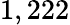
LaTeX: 1,222